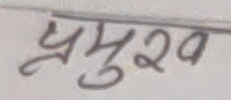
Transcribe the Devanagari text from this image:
प्रमुख